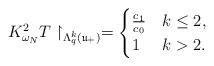
LaTeX: \begin{align*}K_{\omega_N}^2 T \restriction_{\Lambda_q^k(\mathfrak{u}_{+})} = \begin{cases}\frac{c_1}{c_0} & k \leq 2, \\1 & k > 2.\end{cases}\end{align*}